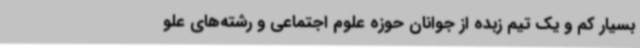
بسیار کم و یک تیم زبده از جوانان حوزه علوم اجتماعی و رشته‌های علو